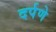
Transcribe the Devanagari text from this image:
दर्पणे